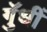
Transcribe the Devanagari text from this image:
गुॅधीं